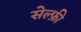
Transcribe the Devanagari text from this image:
सेल्फ़ी